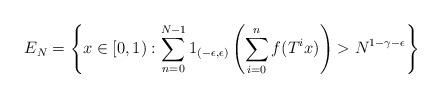
LaTeX: \begin{align*}E_N=\left\{ x \in [0,1) : \sum_{n=0}^{N-1} 1_{(-\epsilon,\epsilon)} \left( \sum_{i=0}^n f(T^i x) \right) > N^{1-\gamma-\epsilon} \right\}\end{align*}